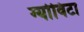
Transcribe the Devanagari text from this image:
ग्योविटा